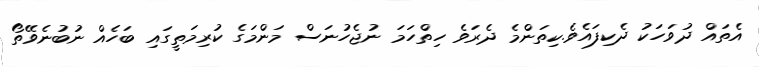
އެތައް ދުވަހަކު ދެކިފައެވެ.ކިތަންމެ ދެރަވެ ހިތްހަމަ ނުޖެހުނަސް މަންމަގެ ކުރިމަތީގައި ބަހެއް ނުބުނެވޭތޯ